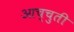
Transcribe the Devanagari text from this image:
आच्चुती